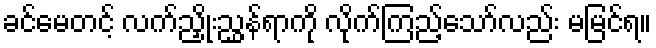
ခင်မေတင့် လက်ညှိုးညွှန်ရာကို လိုက်ကြည့်သော်လည်း မမြင်ရ။